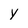
Character: Y